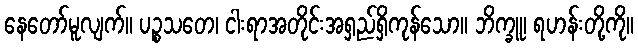
နေတော်မူလျက်။ ပဉ္စသတေ၊ ငါးရာအတိုင်းအရှည်ရှိကုန်သော။ ဘိက္ခူ၊ ရဟန်းတို့ကို။